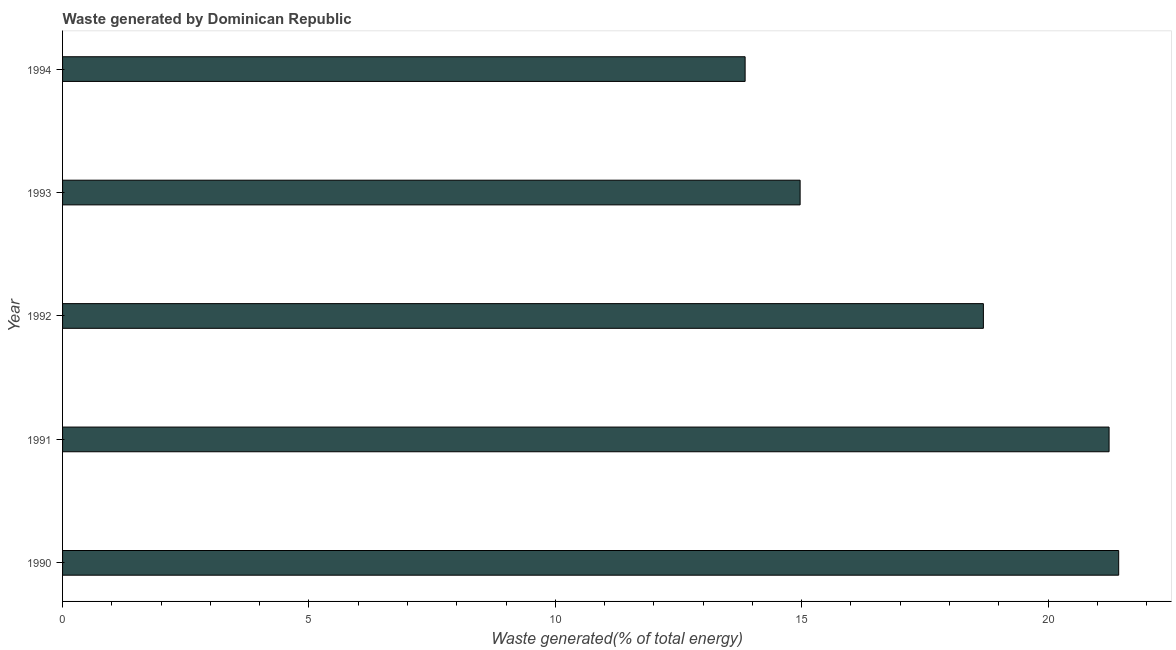
| Year | Combustible renewables and waste (% of total energy) |
 | --- | --- |
 | 1990 | 21.4 |
 | 1991 | 21.2 |
 | 1992 | 18.7 |
 | 1993 | 15 |
 | 1994 | 13.9 |